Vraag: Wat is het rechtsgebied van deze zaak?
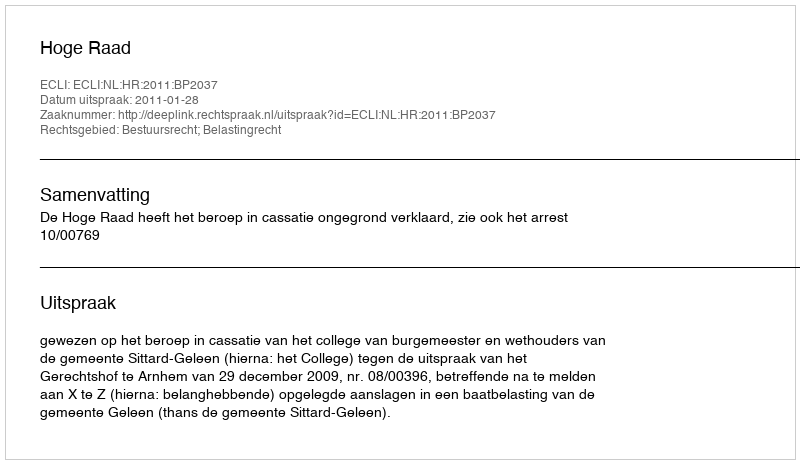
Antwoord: Bestuursrecht; Belastingrecht